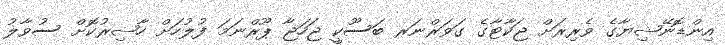
އިންޑޮނޭޝިޔާގެ ވެރިރަށް ޖަކާޓާގެ ގަވަރްނަރ ބަސޫކީ ޖަހަޖާ ޕޫރްނަމަ ފުލުހަށް ހާޟިރުކޮށް ސުވާލު